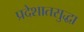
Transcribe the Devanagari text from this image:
प्रदेशातसुद्धा